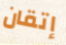
إتقان